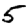
Digit: 5